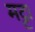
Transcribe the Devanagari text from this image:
मट्टा